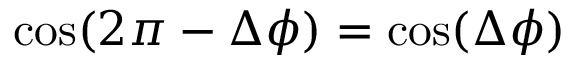
\cos ( 2 \pi - \Delta \phi ) = \cos ( \Delta \phi )